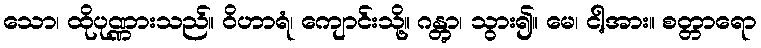
သော၊ ထိုပုဏ္ဏားသည်။ ဝိဟာရံ၊ ကျောင်းသို့။ ဂန္တွာ၊ သွား၍။ မေ၊ ငါ့အား။ စတ္တာရော